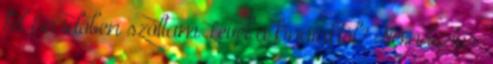
fel Én időben szóltam Levél a kínaiaktól? Nem biztos,